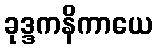
ခုဒ္ဒကနိကာယေ